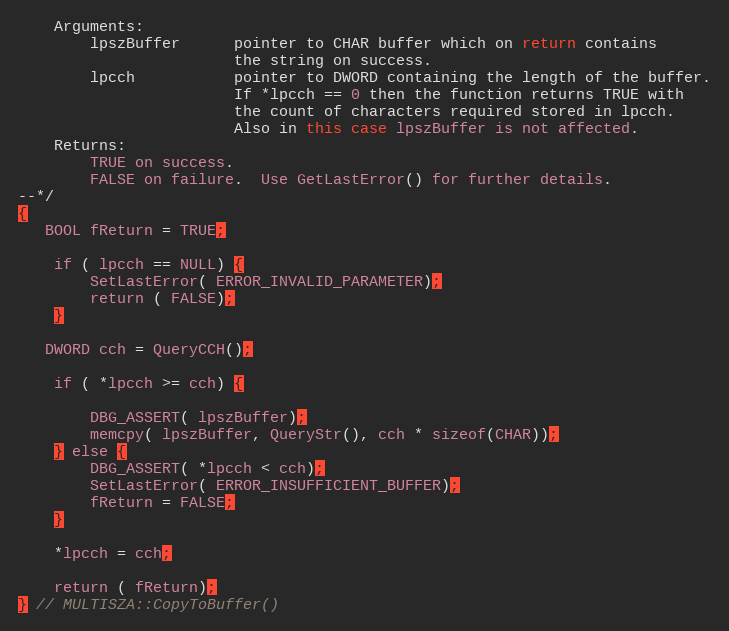
Language: C++
    Arguments:
        lpszBuffer      pointer to CHAR buffer which on return contains
                        the string on success.
        lpcch           pointer to DWORD containing the length of the buffer.
                        If *lpcch == 0 then the function returns TRUE with
                        the count of characters required stored in lpcch.
                        Also in this case lpszBuffer is not affected.
    Returns:
        TRUE on success.
        FALSE on failure.  Use GetLastError() for further details.
--*/
{
   BOOL fReturn = TRUE;

    if ( lpcch == NULL) {
        SetLastError( ERROR_INVALID_PARAMETER);
        return ( FALSE);
    }

   DWORD cch = QueryCCH();

    if ( *lpcch >= cch) {

        DBG_ASSERT( lpszBuffer);
        memcpy( lpszBuffer, QueryStr(), cch * sizeof(CHAR));
    } else {
        DBG_ASSERT( *lpcch < cch);
        SetLastError( ERROR_INSUFFICIENT_BUFFER);
        fReturn = FALSE;
    }

    *lpcch = cch;

    return ( fReturn);
} // MULTISZA::CopyToBuffer()